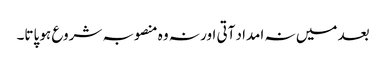
بعد میں نہ امداد آتی اور نہ وہ منصوبہ شروع ہو پاتا۔